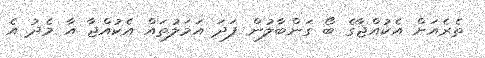
ތެރެއަށް އެކުއްޖާގެ ބޯ ގަންބާލުން ފަދަ އަމަލުތައް އެކުއްޖާ އާ މެދު އެ